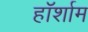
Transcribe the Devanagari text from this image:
हॉर्शाम